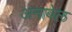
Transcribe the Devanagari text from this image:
अनाबेल